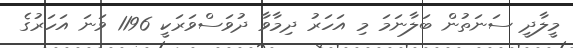
މީލާދީ ސަނަތުން ބަލާނަމަ މި އަހަރު ދިމާވާ ދުވަސްވަރަކީ 1196 ވަނަ އަހަރުގެ